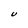
Character: U